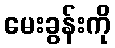
မေးခွန်းကို